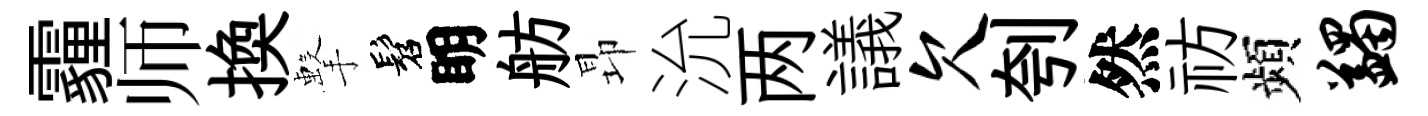
霾师換擊髫眀舫昻沇两議欠刳然祊頻蠲